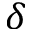
\delta